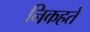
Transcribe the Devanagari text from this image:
निकहते